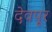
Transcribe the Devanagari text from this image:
देवपूर